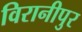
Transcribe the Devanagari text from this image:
विरानीपुर